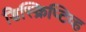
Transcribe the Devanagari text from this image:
डिस्क्रिप्टिव्ह